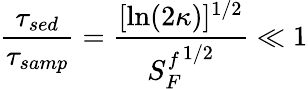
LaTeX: \frac{\tau_{\textit{sed}}}{\tau_{\textit{samp}}}=\frac{[\ln(2\kappa)]^{1/2}}{{S_{F}^{f}}^{1/2}}\ll 1